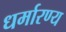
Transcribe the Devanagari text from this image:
धर्मारण्य